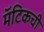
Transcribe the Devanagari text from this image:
मॅटिकची